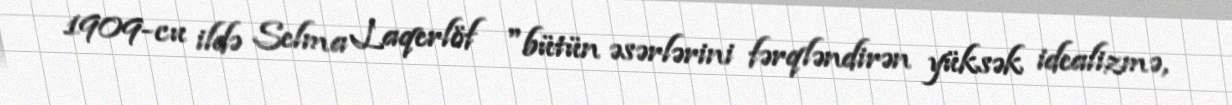
1909-cu ildə Selma Laqerlöf "bütün əsərlərini fərqləndirən yüksək idealizmə,